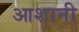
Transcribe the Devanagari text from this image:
आशानी